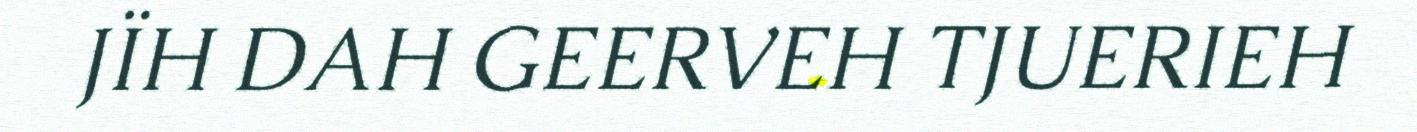
JÏH DAH GEERVEH TJUERIEH